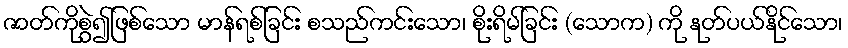
ဇာတ်ကိုစွဲ၍ဖြစ်သော မာန်ရစ်ခြင်း စသည်ကင်းသော၊ စိုးရိမ်ခြင်း (သောက) ကို နုတ်ပယ်နိုင်သော၊